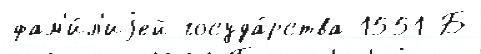
фам'и́л'иjей госуда́рства 1551 Б